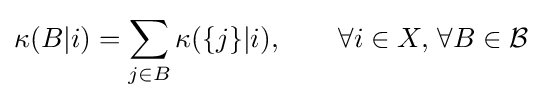
\kappa (B|i)=\sum _{j\in B}\kappa (\{j\}|i),\qquad \forall i\in X,\,\forall B\in {\mathcal {B}}